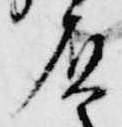
負